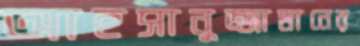
আহসানুজ্জামানের